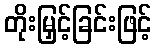
တိုးမြှင့်ခြင်းဖြင့်